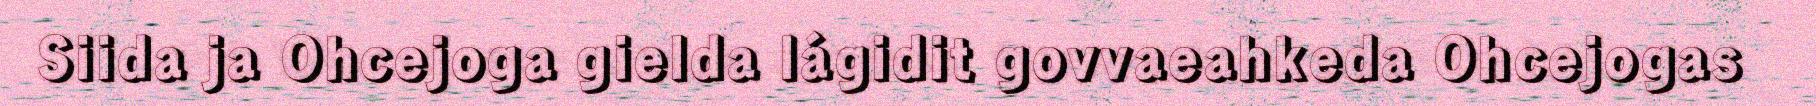
Siida ja Ohcejoga gielda lágidit govvaeahkeda Ohcejogas